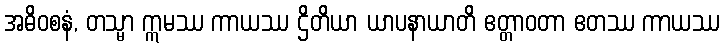
အဓိဝစနံ, တသ္မာ ဣမဿ ကာယဿ ဌိတိယာ ယာပနာယာတိ ဧတ္တာဝတာ ဧတဿ ကာယဿ